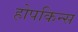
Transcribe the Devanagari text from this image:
होपकिन्स